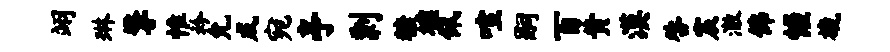
翊琳擎惟衿允戍宛亭剽糖墟佩喧嗣百黄漠咎宸澈佛幄旒